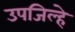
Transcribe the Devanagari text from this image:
उपजिल्हे